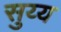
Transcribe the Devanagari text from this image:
सुय्य